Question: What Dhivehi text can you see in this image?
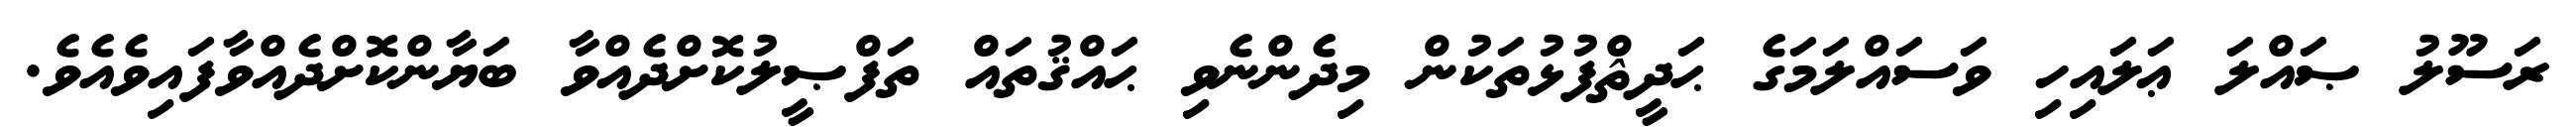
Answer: ރަސޫލު ޞައްލަ ޢަލައިހި ވަސައްލަމަގެ ޙަދީޘްފުޅުތަކުން މިދެންނެވި ޙައްޤުތައް ތަފްޞީލުކޮށްދެއްވާ ބަޔާންކޮށްދެއްވާފައިވެއެވެ.